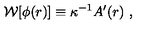
{ \cal W } [ \phi ( r ) ] \equiv \kappa ^ { - 1 } A ^ { \prime } ( r ) \ ,